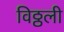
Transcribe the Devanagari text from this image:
विठ्ठली